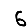
Digit: 6